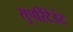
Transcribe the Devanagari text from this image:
सुपरिंटेंडंट